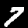
Label: 7